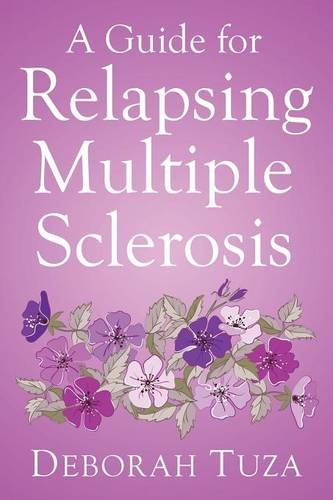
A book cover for A Guide for Relapsing Multiple Sclerosis; Deborah Tuza; Health, Fitness & Dieting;